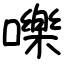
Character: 嚛